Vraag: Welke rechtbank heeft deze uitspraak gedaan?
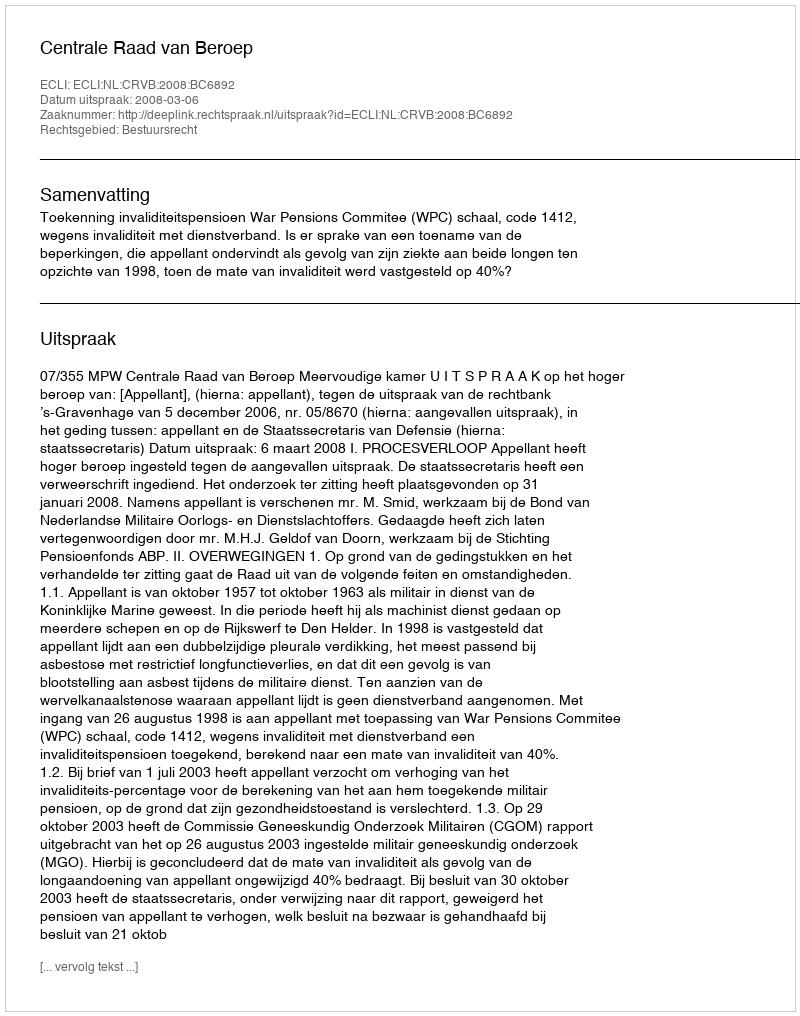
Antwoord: Centrale Raad van Beroep